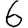
Digit: 6